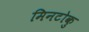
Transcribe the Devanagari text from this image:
मिनटोकु